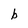
Character: b